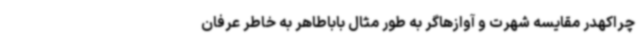
چراکهدر مقایسه شهرت و آوازهاگر به طور مثال باباطاهر به خاطر عرفان